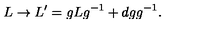
L \rightarrow L ^ { \prime } = g L g ^ { - 1 } + d g g ^ { - 1 } .